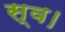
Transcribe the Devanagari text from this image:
स्‍व।